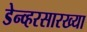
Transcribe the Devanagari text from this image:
डेन्व्हरसारख्या